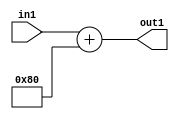
`timescale 1ps / 1ps
/*****************************************************************************
    Verilog RTL Description
    
    
    Created by: Stratus DpOpt 2019.1.01 
*******************************************************************************/

module ImageGradient_Add2i128u8_1 (
	in1,
	out1
	); /* architecture "behavioural" */ 
input [7:0] in1;
output [7:0] out1;
wire [7:0] asc001;

assign asc001 = 
	+(in1)
	+(8'B10000000);

assign out1 = asc001;
endmodule

/* CADENCE  urn2TgE= : u9/ySgnWtBlWxVPRXgAZ4Og= ** DO NOT EDIT THIS LINE ******/